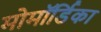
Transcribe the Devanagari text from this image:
मोमॉर्डिका